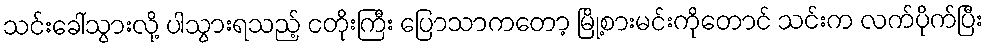
သင်းခေါ်သွားလို့ ပါသွားရသည့် ငတိုးကြီး ပြောသာကတော့ မြို့စားမင်းကိုတောင် သင်းက လက်ပိုက်ပြီး